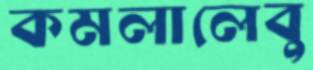
কমলালেবু